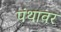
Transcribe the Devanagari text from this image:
पंथावर